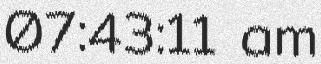
07:43:11 am